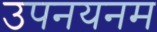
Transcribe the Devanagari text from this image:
उपनयनम